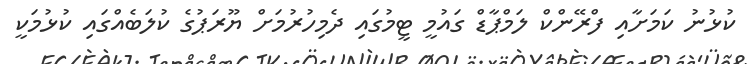
ކުޅުނު ކަމަށާއި ފްރޭންކް ލަމްޕާޑް ގައުމީ ޓީމުގައި ދެމިހުރުމަށް ޔޫރަޕުގެ ކުލަބެއްގައި ކުޅުމަކީ